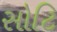
સોટિ